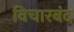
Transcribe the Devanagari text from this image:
विचारबंद